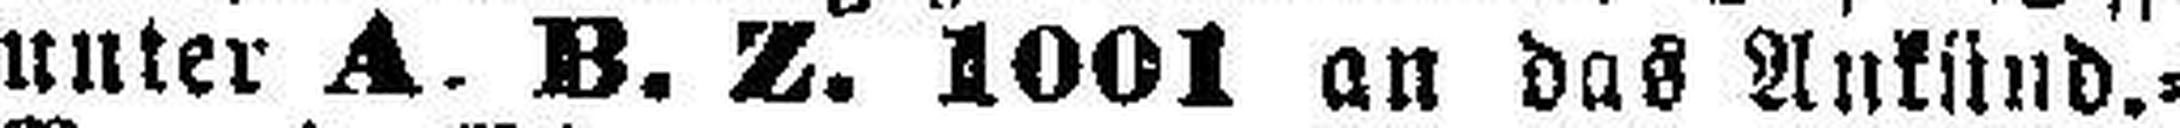
unter A. B. Z. 1001 an das Ankünd.=